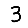
Digit: 3